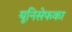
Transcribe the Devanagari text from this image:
यूनिसेफका